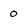
Character: 0